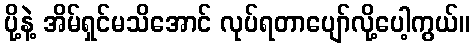
ပို့နဲ့ အိမ်ရှင်မသိအောင် လုပ်ရတာပျော်လို့ပေါ့ကွယ်။